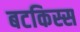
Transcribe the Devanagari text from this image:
बटकिस्स